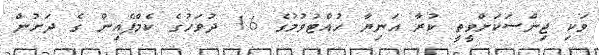
ވަކި ޖިންސަކަށްވީތީ ކުރާ އަނިޔާ ހުއްޓުވުމުގެ 16 ދުވަހުގެ ކެމްޕެއިން ގެ ދަށުން